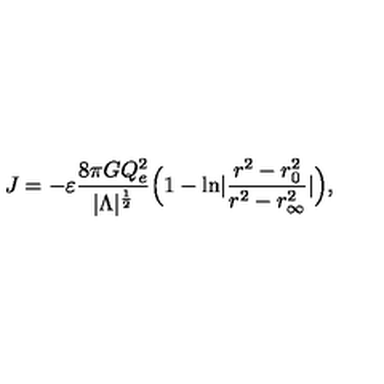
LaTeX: J = - \varepsilon { \frac { 8 \pi G Q _ { e } ^ { 2 } } { | \Lambda | ^ { \frac { 1 } { 2 } } } } \Bigl ( 1 - \mathrm { l n } | { \frac { r ^ { 2 } - r _ { 0 } ^ { 2 } } { r ^ { 2 } - r _ { \infty } ^ { 2 } } } | \Bigr ) ,